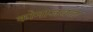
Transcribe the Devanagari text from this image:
कोनाजवळ